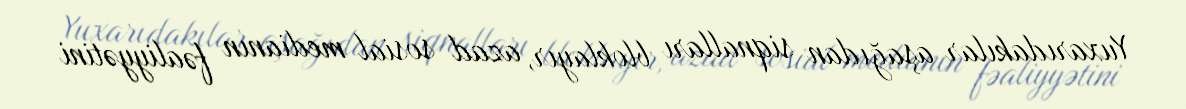
Yuxarıdakılar aşağıdan siqnalları bloklayır, azad sosial medianın fəaliyyətini